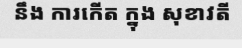
នឹង ការកើត ក្នុង សុខាវតី